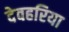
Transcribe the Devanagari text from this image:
देवहरिया